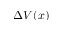
\Delta V ( x )